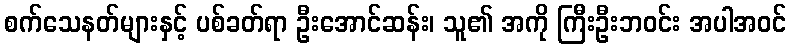
စက်သေနတ်များနှင့် ပစ်ခတ်ရာ ဦးအောင်ဆန်း၊ သူ၏ အကို ကြီးဦးဘဝင်း အပါအဝင်